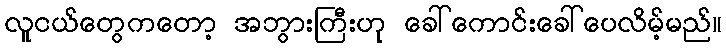
လူငယ်တွေကတော့ အဘွားကြီးဟု ခေါ်ကောင်းခေါ်ပေလိမ့်မည်။